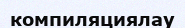
компиляциялау